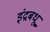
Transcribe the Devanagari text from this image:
इंद्रबधू